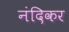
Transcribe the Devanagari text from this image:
नंदिकर